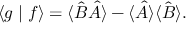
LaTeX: \langle g \mid f \rangle = \langle { \hat { B } } { \hat { A } } \rangle - \langle { \hat { A } } \rangle \langle { \hat { B } } \rangle .